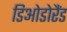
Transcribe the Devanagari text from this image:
डिओडोरैंड